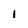
Character: I